Lunatic asylums Punjab 1911-1921 - 1911-1921
Year: 1911
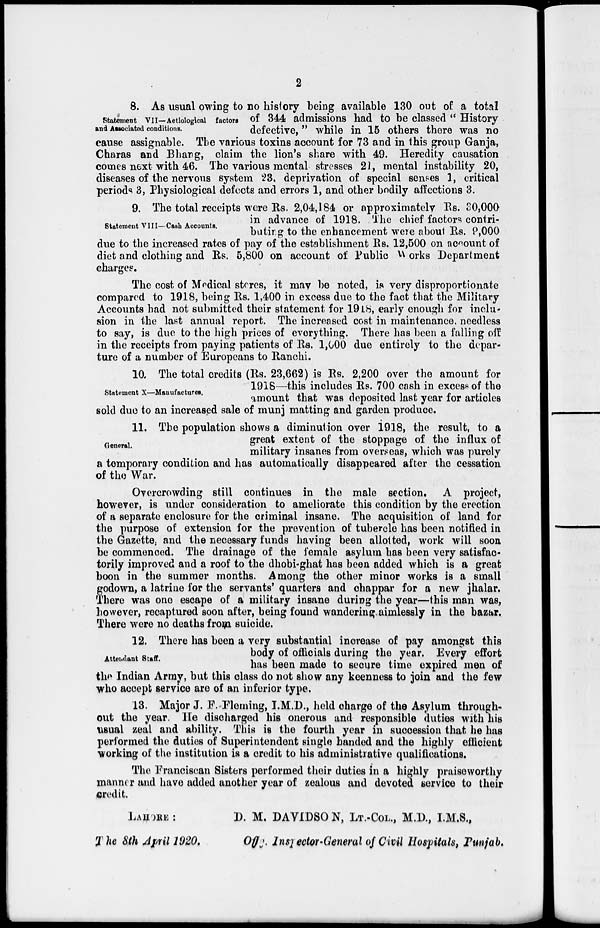
2
Statement VII—Actiological factors
and Associated conditions.
8. As usual owing to no history being available 130 out of a total
of 344 admissions had to be classed " History-
defective, " while in 15 others there was no
cause assignable. The various toxins account for 73 and in this group Ganja,
Charas and Bhang, claim the lion's share with 49. Heredity causation
comes next with 46. The various mental stresses 21, mental instability 20,
diseases of the nervous system 23, deprivation of special senses 1, critical
periods 3, Physiological defects and errors 1, and other bodily affections 3.
Statement VIII—Cash Accounts.
9. The total receipts were Rs. 2,04,184 or approximately Rs. 30,000
in advance of 1918. The chief factors contri-
buting to the enhancement were about Rs. 9,000
due to the increased rates of pay of the establishment Rs. 12,500 on account of
diet and clothing and Rs. 5,800 on account of Public Works Department
charges.
The cost of Medical stores, it may be noted, is very disproportionate
compared to 1918, being Rs. 1,400 in excess due to the fact that the Military
Accounts had not submitted their statement for 1918, early enough for inclu-
sion in the last annual report. The increased cost in maintenance, needless
to say, is due to the high prices of everything. There has been a falling off
in the receipts from paying patients of Rs. 1,000 due entirely to the depar-
ture of a number of Europeans to Ranchi.
Statement X—Manufactures.
10. The total credits (Rs. 23,662) is Rs. 2,200 over the amount for
1918—this includes Rs. 700 cash in excess of the
amount that was deposited last year for articles
sold due to an increased sale of munj matting and garden produce.
General.
11. The population shows a diminution over 1918, the result, to a
great extent of the stoppage of the influx of
military insanes from overseas, which was purely
a temporary condition and has automatically disappeared after the cessation
of the War.
Overcrowding still continues in the male section. A project,
however, is under consideration to ameliorate this condition by the erection
of a separate enclosure for the criminal insane. The acquisition of land for
the purpose of extension for the prevention of tubercle has been notified in
the Gazette, and the necessary funds having been allotted, work will soon
be commenced. The drainage of the female asylum has been very satisfac-
torily improved and a roof to the dhobi-ghat has been added which is a great
boon in the summer months. Among the other minor works is a small
godown, a latrine for the servants' quarters and chappar for a new jhalar.
There was one escape of a military insane during the year—this man was,
however, recaptured soon after, being found wandering aimlessly in the bazar.
There were no deaths from suicide.
Attendant Staff.
12. There has been a very substantial increase of pay amongst this
body of officials during the year. Every effort
has been made to secure time expired men of
the Indian Army, but this class do not show any keenness to join and the few
who accept service are of an inferior type.
13. Major J. F. Fleming, I.M.D., held charge of the Asylum through-
out the year. He discharged his onerous and responsible duties with his
usual zeal and ability. This is the fourth year in succession that he has
performed the duties of Superintendent single banded and the highly efficient
working of the institution is a credit to his administrative qualifications.
The Franciscan Sisters performed their duties in a highly praiseworthy
manner and have added another year of zealous and devoted service to their
credit.
LAHORE :
D. M. DAVIDSO N, LT.-COL., M.D., I.M.S.,
The 8th April 1920.
Of f g.
Inspector-General of Civil Hospitals, Punjab.